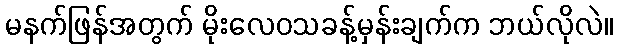
မနက်ဖြန်အတွက် မိုးလေဝသခန့်မှန်းချက်က ဘယ်လိုလဲ။